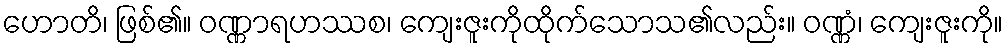
ဟောတိ၊ ဖြစ်၏။ ဝဏ္ဏာရဟဿစ၊ ကျေးဇူးကိုထိုက်သောသ၏လည်း။ ဝဏ္ဏံ၊ ကျေးဇူးကို။